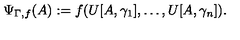
\Psi _ { \Gamma , f } ( A ) : = f ( U [ A , \gamma _ { 1 } ] , \ldots , U [ A , \gamma _ { n } ] ) .